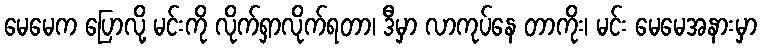
မေမေက ပြောလို့ မင်းကို လိုက်ရှာလိုက်ရတာ၊ ဒီမှာ လာကုပ်နေ တာကိုး၊ မင်း မေမေအနားမှာ